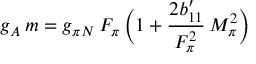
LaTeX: g _ { A } \, m = g _ { \pi N } \, F _ { \pi } \, \biggl ( 1 + \frac { 2 b _ { 1 1 } ^ { \prime } } { F _ { \pi } ^ { 2 } } \, M _ { \pi } ^ { 2 } \biggr )